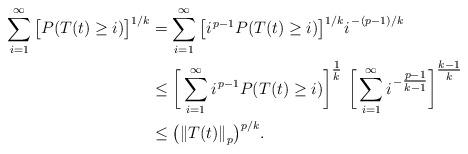
LaTeX: \begin{align*}\sum_{i=1}^{\infty}\big[P(T(t)\ge i)\big]^{1/k}&=\sum_{i=1}^{\infty}\big[ i^{\,p-1} P(T(t)\ge i)\big]^{1/k}{\strut i}^{\,-(p-1)/k}\\&\le \bigg[ \sum_{i=1}^{\infty} i^{\,p-1} P(T(t)\ge i)\bigg]^{\tfrac{1}{k}}\ \bigg[ \sum_{i=1}^{\infty}{\strut }i^{\,-\tfrac{p-1}{k-1}} \bigg]^{\tfrac{k-1}{k}}\\&\le \big({\|T(t)\|}_p\big)^{p/k}.\end{align*}